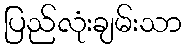
ပြည်လုံးချမ်းသာ